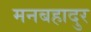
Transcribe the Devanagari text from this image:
मनबहादुर